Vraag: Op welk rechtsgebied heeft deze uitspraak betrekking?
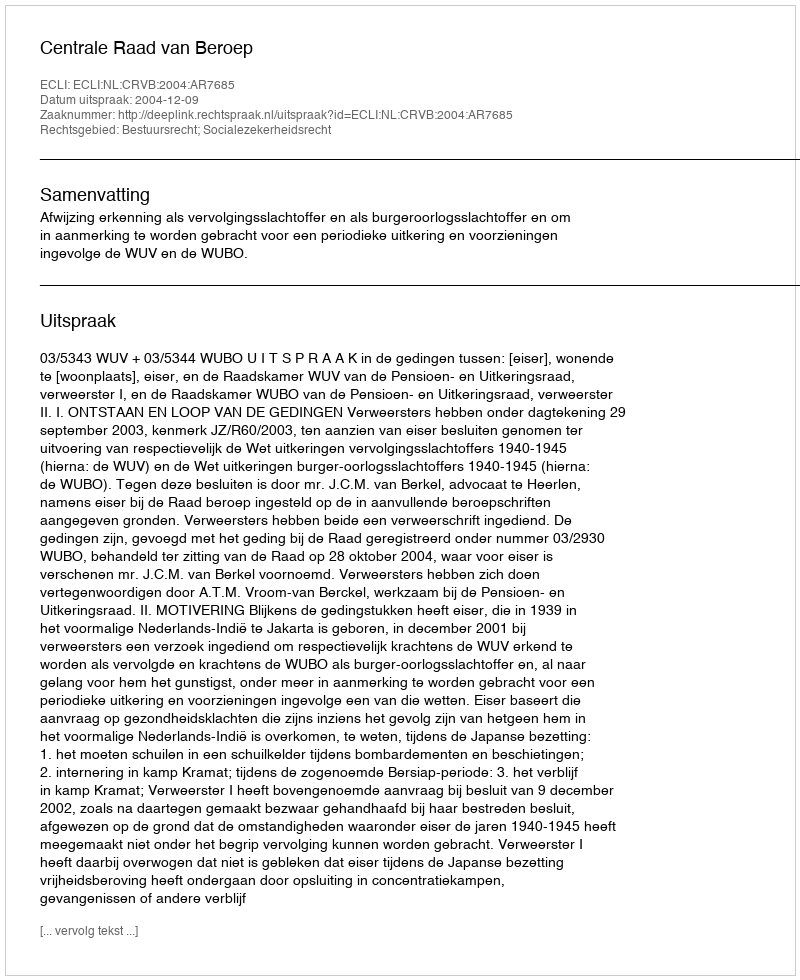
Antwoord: Bestuursrecht; Socialezekerheidsrecht